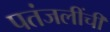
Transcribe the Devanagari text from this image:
पतंजलींची